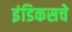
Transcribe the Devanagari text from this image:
इंडिकसचे